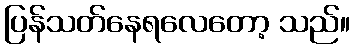
ပြန်သတ်နေရလေတော့ သည်။